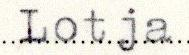
Lotja